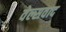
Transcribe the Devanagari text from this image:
वेल्सवाद